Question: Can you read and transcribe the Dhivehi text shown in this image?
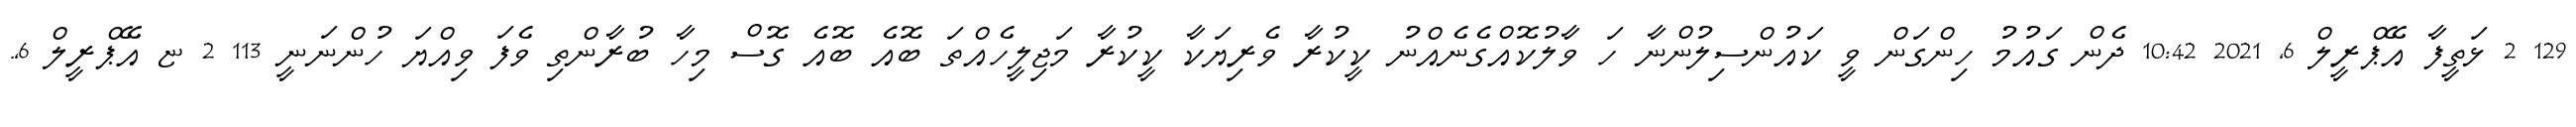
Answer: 129 2 ޅަތީފާ އޭޕްރީލް 6, 2021 10:42 ދެން ގައުމު ހިންގަން ވީ ކައުންސިލުންނާ ހަ ވާލުކޮއްގެނެއްނު ކީކުރާ ވެރިޔަކާ ކީކުރާ މަޖިލީހެއްތަ ބޮއެ ބޮއެ ގޮސް މިހާ ބުރާންތި ވެފަ ވިއްޔަ ހުންނަނީ 113 2 ޏ އޭޕްރީލް 6,.